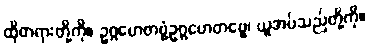
ထိုတရားတို့ကို။ ဥဂ္ဂဟေတဗ္ဗံဥဂ္ဂဟေတဗ္ဗေ၊ ယူအပ်သည်တို့ကို။